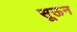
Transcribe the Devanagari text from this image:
सूऊन